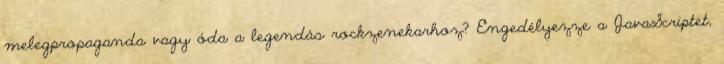
melegpropaganda vagy óda a legendás rockzenekarhoz? Engedélyezze a JavaScriptet,